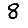
Digit: 8